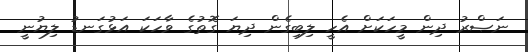
ނަޞްރު ދިން މީހަކަށް އެހީ ލިބިގެން ދިޔަ ގޮތުގެ ވާހަކަ އަޅުގަނޑު ލިޔުނީ